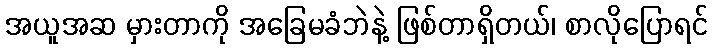
အယူအဆ မှားတာကို အခြေမခံဘဲနဲ့ ဖြစ်တာရှိတယ်၊ စာလိုပြောရင်